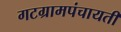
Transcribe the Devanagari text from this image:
गटग्रामपंचायती